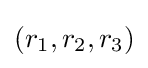
(r_{1},r_{2},r_{3})